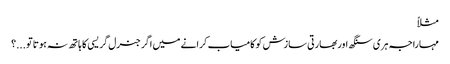
مثلاً
مہاراجہ ہری سنگھ اوربھارتی سازش کو کامیاب کرانے میں اگر جنرل گریسی کا ہاتھ نہ ہوتا تو ...؟